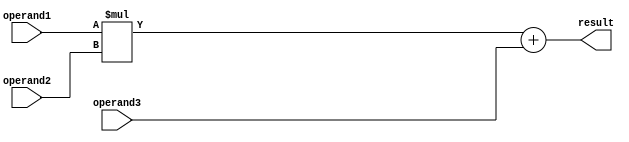
module FMA_unit (
    input wire [31:0] operand1,
    input wire [31:0] operand2,
    input wire [31:0] operand3,
    output reg [31:0] result
);

reg [63:0] product;
reg [63:0] sum;

always @(*) begin
    product = operand1 * operand2;
    sum = product + operand3;
    
    if(product[62] == 1) begin // Overflow handling
        // Handle overflow condition here
    end
    else if(product[62] == 0 && product[61:0] != 0) begin // Underflow handling
        // Handle underflow condition here
    end
    
    // Rounding and normalization logic goes here
    
    result = sum[31:0];
end

endmodule